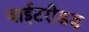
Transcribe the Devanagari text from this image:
वाईटरीडड